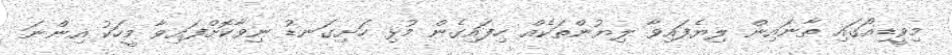
މިވީޑިއޯގައި ތާނައިން ލިޔެފައިވާ ލިޔުންތަކެއް ހިފައިގެން މުޅި ހަށިގަނޑު ނިވާކޮށްފައިވާ މީހަކު އިންނަ